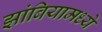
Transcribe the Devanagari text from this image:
झांबियामध्ये